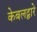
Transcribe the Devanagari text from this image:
केबलद्वारे